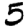
Digit: 5